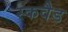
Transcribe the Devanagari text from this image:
स्कवैड